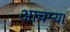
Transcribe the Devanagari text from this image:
आचम्य।